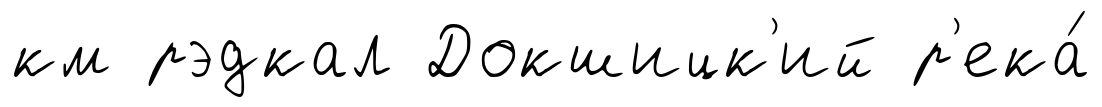
км рэдкал Докшицк'ий р'ека́